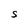
Character: S